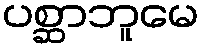
ပစ္ဆာဘူမေ